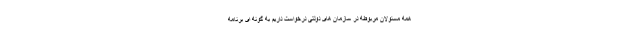
همه مسئولان مربوطه در سازمان های دولتی درخواست داریم به گونه ای برنامه